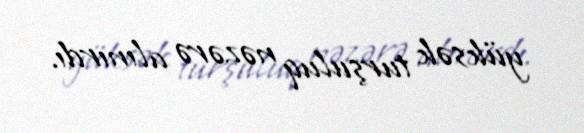
yüksək turşuluq nəzərə alınırdı.